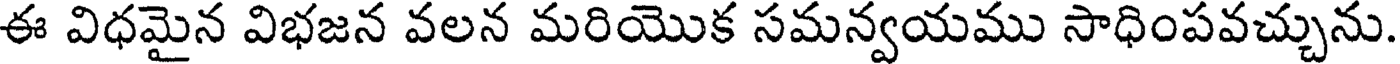
ఈ విధమైన విభజన వలన మరియొక సమన్వయము సాధింపవచ్చును.